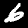
Digit: 6